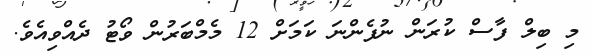
މި ބިލް ފާސް ކުރަން ނުފެންނަ ކަމަށް 12 މެމްބަރުން ވޯޓު ދެއްވިއެވެ.